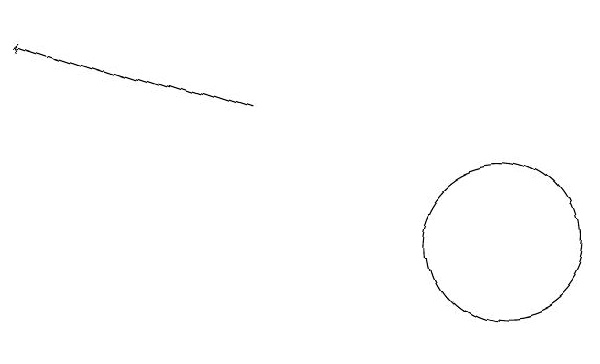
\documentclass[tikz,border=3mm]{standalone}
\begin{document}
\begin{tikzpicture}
\draw (12,12) circle (1);
\draw[->] (9,14) -- (6,15);
\draw (10,11) circle (0);
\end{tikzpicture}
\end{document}